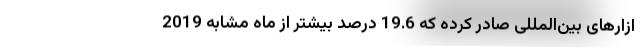
ازارهای بین‌المللی صادر کرده که 19.6 درصد بیشتر از ماه مشابه 2019